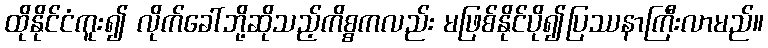
ထိုနိုင်ငံကူး၍ လိုက်ခေါ်ဘို့ဆိုသည့်ကိစ္စကလည်း မဖြစ်နိုင်ပို၍ပြဿနာကြီးလာမည်။